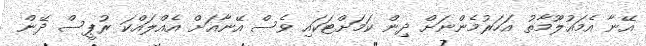
އޭނާ އެމައުލޫމާތު އަހަރުމެންނަށް ދިން ކަމަށްޓަކައި ވެސް އޭނާއަށް އެއްލައްކަ ރުޕީސް ދޭން